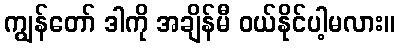
ကျွန်တော် ဒါကို အချိန်မီ ဝယ်နိုင်ပါ့မလား။